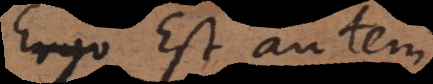
Θ). Est autem